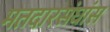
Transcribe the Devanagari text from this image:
मतदारसंघांस